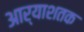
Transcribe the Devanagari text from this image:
आर्याशतक